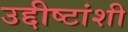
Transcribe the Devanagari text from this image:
उद्दीष्टांशी